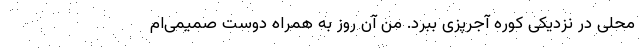
محلی در نزدیکی کوره آجرپزی ببرد. من آن روز به همراه دوست صمیمی‌ام